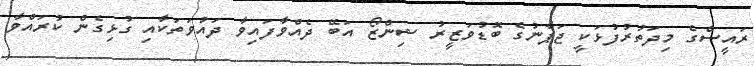
ރައީސްގެ މިދަތުރުފުޅަކީ ޖަޕާނުގެ ބޮޑުވަޒީރު ޝިންޒޯ އަބޭ ދެއްވާފައިވާ ދައުވަތަކާއި ގުޅިގެން ކުރައްވާ